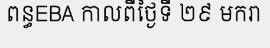
ពន្ធEBA កាលពីថ្ងៃទី ២៩ មករា